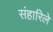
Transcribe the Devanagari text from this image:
संहारिले